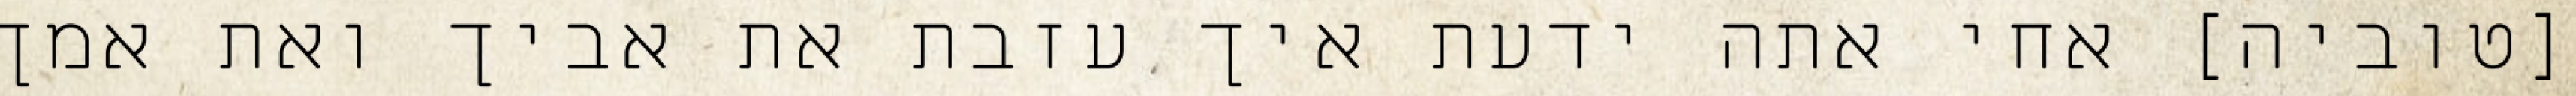
[טוביה] אחי אתה ידעת איך עזבת את אביך ואת אמך